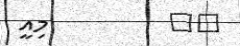
٢٢         މިއީ